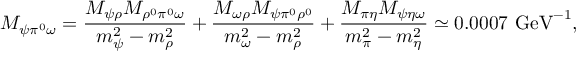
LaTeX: M _ { \psi \pi ^ { 0 } \omega } = \frac { M _ { \psi \rho } M _ { \rho ^ { 0 } \pi ^ { 0 } \omega } } { m _ { \psi } ^ { 2 } - m _ { \rho } ^ { 2 } } + \frac { M _ { \omega \rho } M _ { \psi \pi ^ { 0 } \rho ^ { 0 } } } { m _ { \omega } ^ { 2 } - m _ { \rho } ^ { 2 } } + \frac { M _ { \pi \eta } M _ { \psi \eta \omega } } { m _ { \pi } ^ { 2 } - m _ { \eta } ^ { 2 } } \simeq 0 . 0 0 0 7 \mathrm { ~ G e V } ^ { - 1 } ,